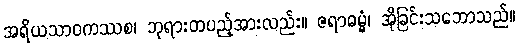
အရိယသာဝကဿစ၊ ဘုရားတပည့်အားလည်း။ ဇရာဓမ္မံ၊ အိုခြင်းသဘောသည်။